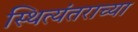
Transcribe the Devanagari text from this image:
स्थित्यंतराच्या